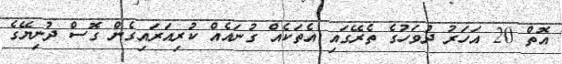
އޮތް 20 އަހަރު ދުވަހުގެ ތެރޭގައި އެތަކެއް ގުނައެއް ކުރިއަރައިގެން ގޮސް ދުނިޔޭގެ